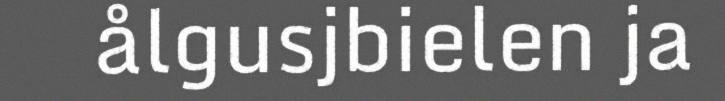
ålgusjbielen ja